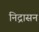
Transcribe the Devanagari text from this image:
निद्रासन